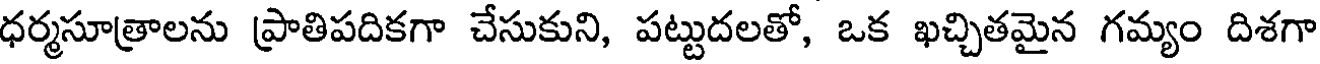
ధర్మసూత్రాలను ప్రాతిపదికగా చేసుకుని, పట్టుదలతో, ఒక ఖచ్చితమైన గమ్యం దిశగా